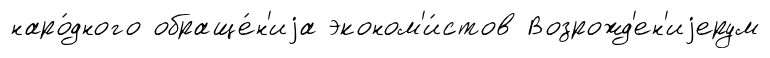
наро́дного обраще́н'иjа эконом'и́стов Возрожд'ен'иjерум